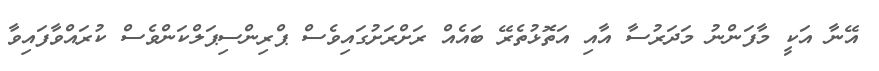
އޭނާ އަކީ މާފަންނު މަދަރުސާ އާއި އަތޮޅުތެރޭ ބައެއް ރަށްރަށުގައިވެސް ޕްރިންސިޕަލްކަންވެސް ކުރައްވާފައިވާ